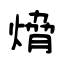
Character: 熁